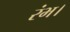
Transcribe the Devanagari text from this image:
रंभ।